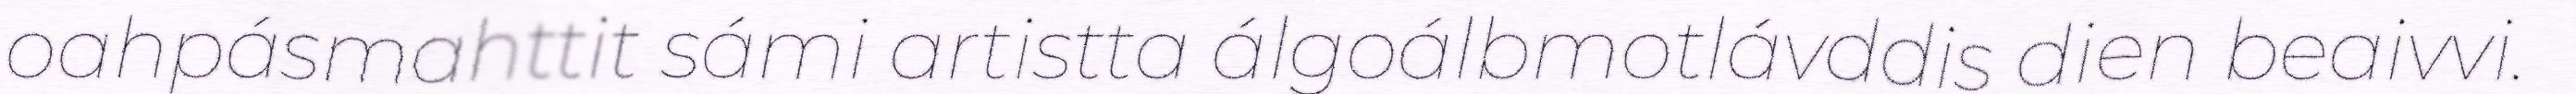
oahpásmahttit sámi artistta álgoálbmotlávddis dien beaivvi.